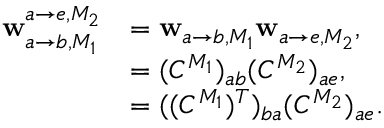
\begin{array} { r l } { \mathbf { w } _ { a \rightarrow b , M _ { 1 } } ^ { a \rightarrow e , M _ { 2 } } } & { = \mathbf { w } _ { a \rightarrow b , M _ { 1 } } \mathbf { w } _ { a \rightarrow e , M _ { 2 } } , } \\ & { = ( C ^ { M _ { 1 } } ) _ { a b } ( C ^ { M _ { 2 } } ) _ { a e } , } \\ & { = ( ( C ^ { M _ { 1 } } ) ^ { T } ) _ { b a } ( C ^ { M _ { 2 } } ) _ { a e } . } \end{array}